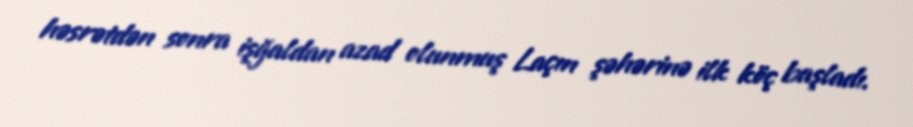
həsrətdən sonra işğaldan azad olunmuş Laçın şəhərinə ilk köç başladı.